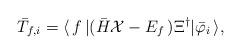
LaTeX: \begin{align*}{\bar T}_{f,i}=\langle\,f\,|({\bar H}{\cal X}-E_{f}\,)\Xi^{\dagger}|{\bar \varphi}_i\,\rangle,\end{align*}